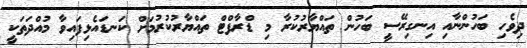
ދިވެހި ބަހުންނާއި އިނގިރޭސީ ބަހުން ތައްޔާރުކުރާ މި ޑްރާފްޓް ތައްޔާރުކުރުމަށް ކަނޑައެޅިފައިވާ މުއްދަތަކީ